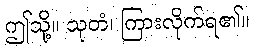
ဤသို့။ သုတံ၊ ကြားလိုက်ရ၏။